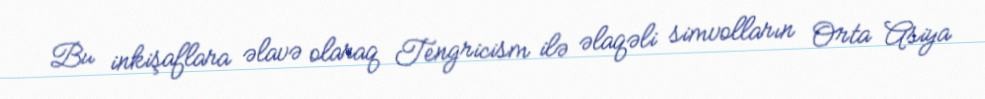
Bu inkişaflara əlavə olaraq Tengricism ilə əlaqəli simvolların Orta Asiya